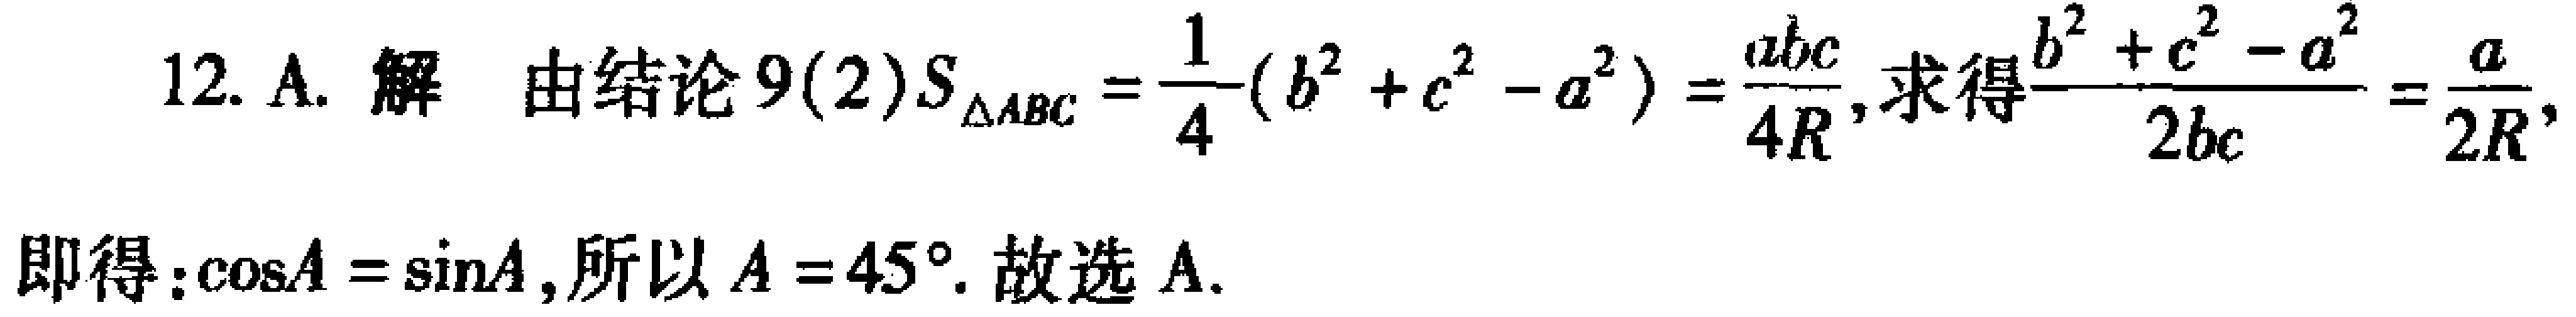
12. A. 解 由结论9(2)$S_{\triangle ABC}=\frac{1}{4}(b^{2}+c^{2}-a^{2})=\frac{abc}{4R}$, 求得$\frac{b^{2}+c^{2}-a^{2}}{2bc}=\frac{a}{2R}$,
即得：$\cos A = \sin A$, 所以$A = 45^{\circ}$. 故选 A.